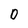
Character: D